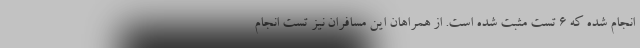
انجام شده که ۶ تست مثبت شده است. از همراهان این مسافران نیز تست انجام